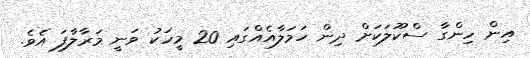
އިން ހިންގާ ސްކޫލަކަށް ދިން ހަމަލާއެއްގައި 20 މީހަކު ވަނީ މަރާލާފަ އެވެ.